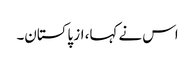
اس نے کہا، از پاکستان۔